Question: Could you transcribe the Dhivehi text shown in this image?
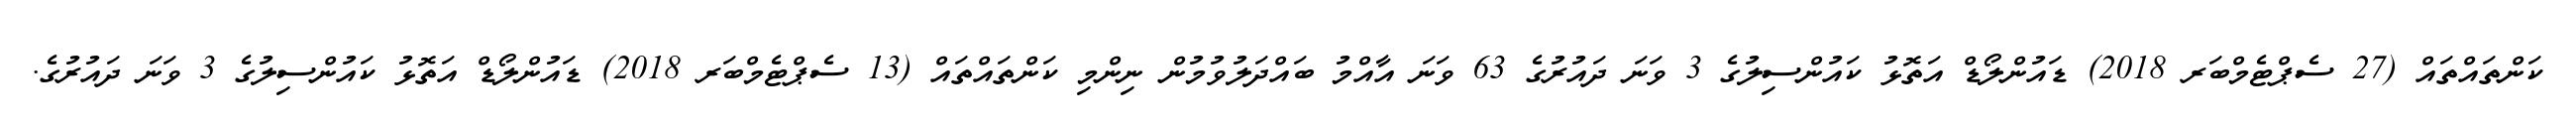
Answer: ކަންތައްތައް (27 ސެޕްޓެމްބަރ 2018) ޑައުންލޯޑް އަތޮޅު ކައުންސިލުގެ 3 ވަނަ ދައުރުގެ 63 ވަނަ އާއްމު ބައްދަލުވުމުން ނިންމި ކަންތައްތައް (13 ސެޕްޓެމްބަރ 2018) ޑައުންލޯޑް އަތޮޅު ކައުންސިލުގެ 3 ވަނަ ދައުރުގެ.